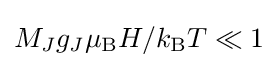
M_{J}g_{J}\mu _{\mathrm {B} }H/k_{\mathrm {B} }T\ll 1